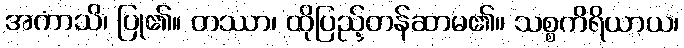
အကာသိ၊ ပြု၏။ တဿာ၊ ထိုပြည့်တန်ဆာမ၏။ သစ္စကိရိယာယ၊